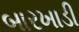
બારખાડી